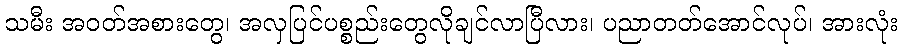
သမီး အဝတ်အစားတွေ၊ အလှပြင်ပစ္စည်းတွေလိုချင်လာပြီလား၊ ပညာတတ်အောင်လုပ်၊ အားလုံး